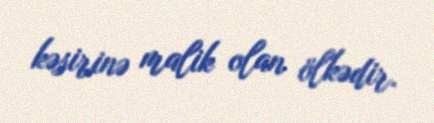
kəsirinə malik olan ölkədir.